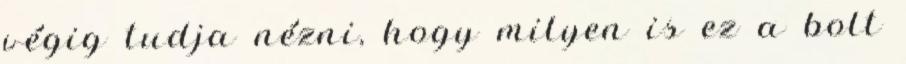
végig tudja nézni, hogy milyen is ez a bolt